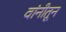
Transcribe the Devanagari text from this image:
वांनीतून